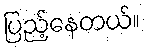
ပြည့်နေတယ်။